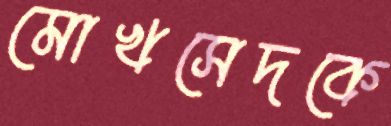
মোখসেদকে